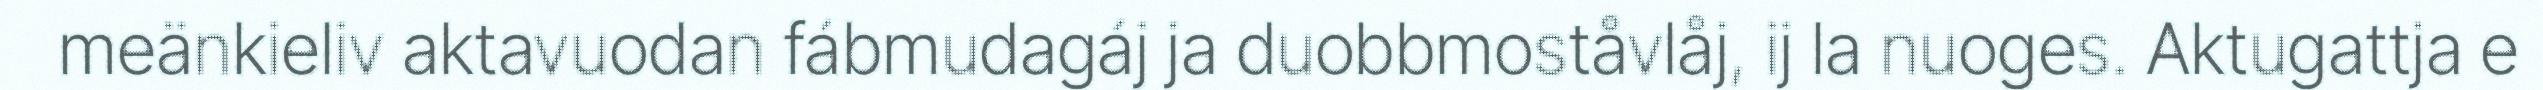
meänkieliv aktavuodan fábmudagáj ja duobbmoståvlåj, ij la nuoges. Aktugattja e